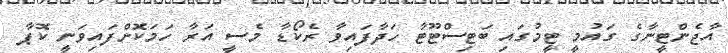
އާޖެންޓީނާގެ ގައުމީ ޓީމުގައި ބަޓިސްޓޫޓާ ހަދާފައިވާ ރެކޯޑާ މެސީ އަރާ ހަމަކޮށްފައިވަނީ ކޮޕާ